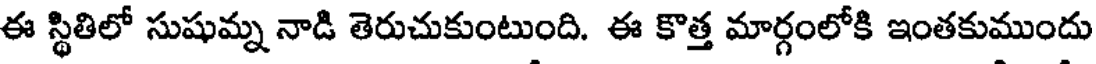
ఈ స్థితిలో సుషుమ్న నాడి తెరుచుకుంటుంది. ఈ కొత్త మార్గంలోకి ఇంతకుముందు